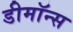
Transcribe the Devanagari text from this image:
डीमॉन्स